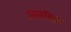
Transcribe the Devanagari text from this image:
एलॉयज़